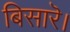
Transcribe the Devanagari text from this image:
बिसारॆ।